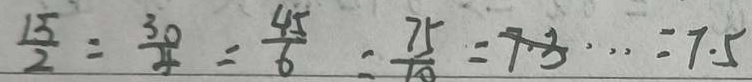
\frac { 1 5 } { 2 } = \frac { 3 0 } { 4 } = \frac { 4 5 } { 6 } = \frac { 7 5 } { 1 0 } = 9 3 \cdots = 7 . 5